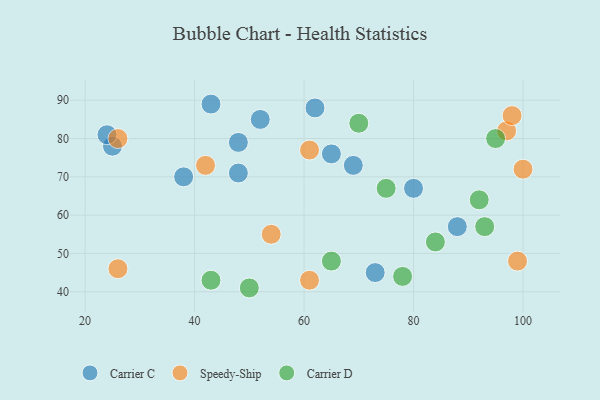
{"axis": {"x": "GDP", "y": "Life Expectancy"}, "legend": ["Carrier C", "Carrier D", "Speedy-Ship"], "data": [{"x": "25", "y": 78, "type": "Carrier C"}, {"x": "38", "y": 70, "type": "Carrier C"}, {"x": "48", "y": 79, "type": "Carrier C"}, {"x": "52", "y": 85, "type": "Carrier C"}, {"x": "88", "y": 57, "type": "Carrier C"}, {"x": "65", "y": 76, "type": "Carrier C"}, {"x": "24", "y": 81, "type": "Carrier C"}, {"x": "69", "y": 73, "type": "Carrier C"}, {"x": "62", "y": 88, "type": "Carrier C"}, {"x": "48", "y": 71, "type": "Carrier C"}, {"x": "80", "y": 67, "type": "Carrier C"}, {"x": "43", "y": 89, "type": "Carrier C"}, {"x": "73", "y": 45, "type": "Carrier C"}, {"x": "97", "y": 82, "type": "Speedy-Ship"}, {"x": "98", "y": 86, "type": "Speedy-Ship"}, {"x": "54", "y": 55, "type": "Speedy-Ship"}, {"x": "26", "y": 46, "type": "Speedy-Ship"}, {"x": "42", "y": 73, "type": "Speedy-Ship"}, {"x": "26", "y": 80, "type": "Speedy-Ship"}, {"x": "61", "y": 77, "type": "Speedy-Ship"}, {"x": "61", "y": 43, "type": "Speedy-Ship"}, {"x": "99", "y": 48, "type": "Speedy-Ship"}, {"x": "100", "y": 72, "type": "Speedy-Ship"}, {"x": "93", "y": 57, "type": "Carrier D"}, {"x": "70", "y": 84, "type": "Carrier D"}, {"x": "75", "y": 67, "type": "Carrier D"}, {"x": "92", "y": 64, "type": "Carrier D"}, {"x": "84", "y": 53, "type": "Carrier D"}, {"x": "95", "y": 80, "type": "Carrier D"}, {"x": "50", "y": 41, "type": "Carrier D"}, {"x": "43", "y": 43, "type": "Carrier D"}, {"x": "65", "y": 48, "type": "Carrier D"}, {"x": "78", "y": 44, "type": "Carrier D"}]}